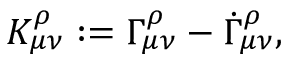
K _ { \mu \nu } ^ { \rho } : = \Gamma _ { \mu \nu } ^ { \rho } - \dot { \Gamma } _ { \mu \nu } ^ { \rho } ,